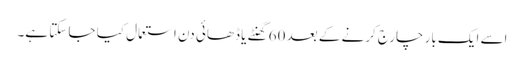
اسے ایک بار چارج کرنے کے بعد 60 گھنٹے یا ڈھائی دن استعمال کیا جا سکتا ہے۔